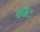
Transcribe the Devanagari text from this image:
कीटः